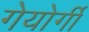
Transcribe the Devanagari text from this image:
गेयोर्गी